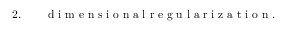
\begin{array} { r l r } { 2 . } & { { } } & { \mathrm { ~ d ~ i ~ m ~ e ~ n ~ s ~ i ~ o ~ n ~ a ~ l ~ r ~ e ~ g ~ u ~ l ~ a ~ r ~ i ~ z ~ a ~ t ~ i ~ o ~ n ~ . ~ } } \end{array}